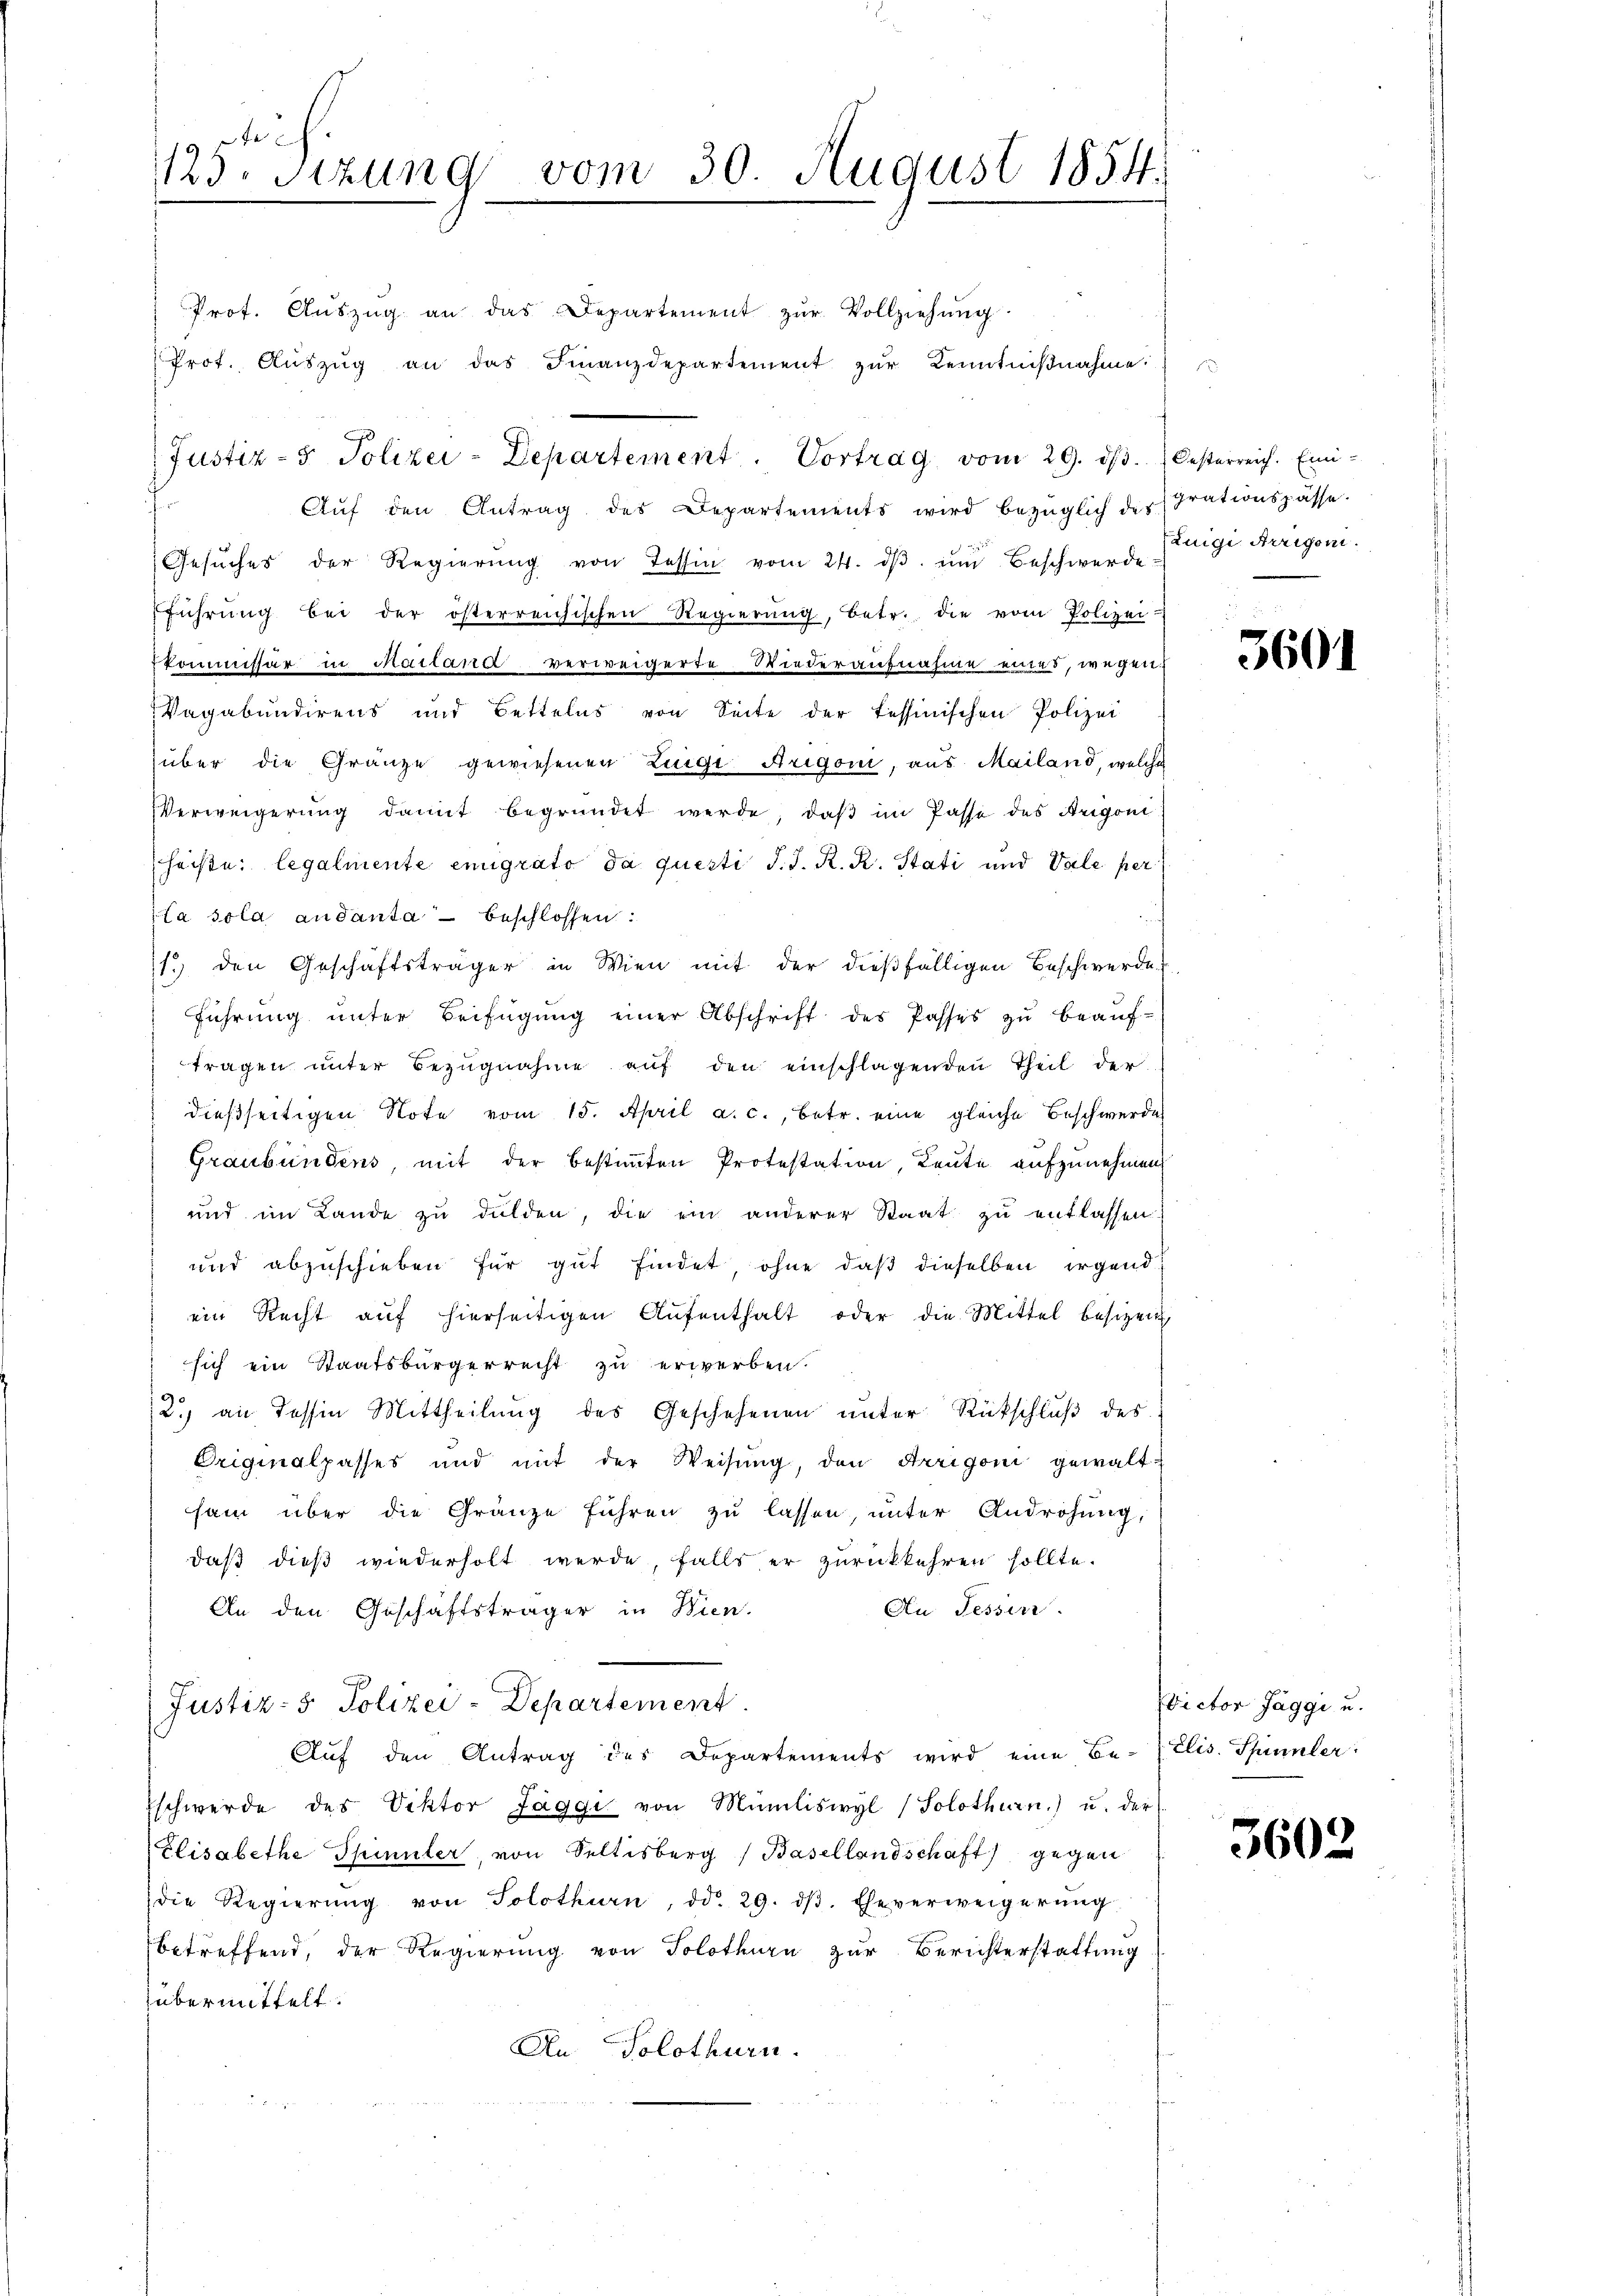
x
123. Sizung

vom 30. August 1854.
.

Prot. Aŭszŭg an das Departement zŭr Vollziehŭng
Prof. Aŭszŭg an das Finanzdepartement zŭr Kenntniβnahme:
Justiz- & Polizei-Departement. Vortrag vom 29. dβ. Oesterreich. Eini-
Aŭf den Antrag des Departements wird bezüglich des Grationspässe.
Gesŭches der Regierŭng von Tessin vom 24. dβ ŭm Beschwerde
führŭng bei der österreichischen Regierŭng, betr. die vom Polizei-
skommissär in Mailand verweigerte Wiederaufnahme eines, wegen
Vagabundirens und Bettelns von Seite der tessinischen Polizei
über die Gränze gewiesenen Luigi Arigoni, aus Mailand, welche
Verweigerŭng damit begründet werde, daβ im Pässe des Arigoni
heiße: legalmente emigrato da questi d. J. R. R. Stati und Vale per
La sola andanta beschlossen:
11. den Geschäftsträger in Wien mit der dießfälligen Beschwerde.
führŭng ŭnter Beifügung einer Abschrift des Passes zŭ beaŭf-
tragen unter Bezŭgnahme auf den einschlagenden Theil der
dießseitigen Note vom 15. April a. c., betr. eine gleiche Beschwerde
Graubündens, mit der bestimmten Protestation, Leute aufzunehmen,
und im Lande zŭ dulden, die ein anderer Staat zŭ entlassen.
und abzuschieben für gut findet ohne daß dieselben irgend
ein Recht auf hierseitigen Aŭfenthalt oder die Mittel besizen
sich ein Staatsbürgerrecht zu erwerben.
2.) an dessen Mittheilung des Geschehenen unter Rückschlŭβ des
Originalpasses und mit der Weisŭng, den Arrigoni gewalt-
sam über die Gränze führen zŭ lassen, unter Androhung,
daß dieß wiederholt werde, falls er zurückkehren sollte.
An Tessin.
An den Geschäftsträger in Wien.
Justiz- & Polizei-Departement
Aŭf den Antrag des Departements wird eine Be- Elis. Spinnler:
Eschwerde des Viktor Jaggi von Miniliswyl (Solothurn) u. der
Elisabethe Spinnler, von Seltisberg (Basellandschaft) gegen
die Regierŭng von Solothurn, dd. 29. dβ. Eheverweigerŭng
betreffend, der Regierung von Solothurn zur Berichterstattung
übermittelt.
An Solothurn.

Luigi Arrigen.

3601

Victor Jaggi u.

3602